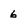
Character: 6